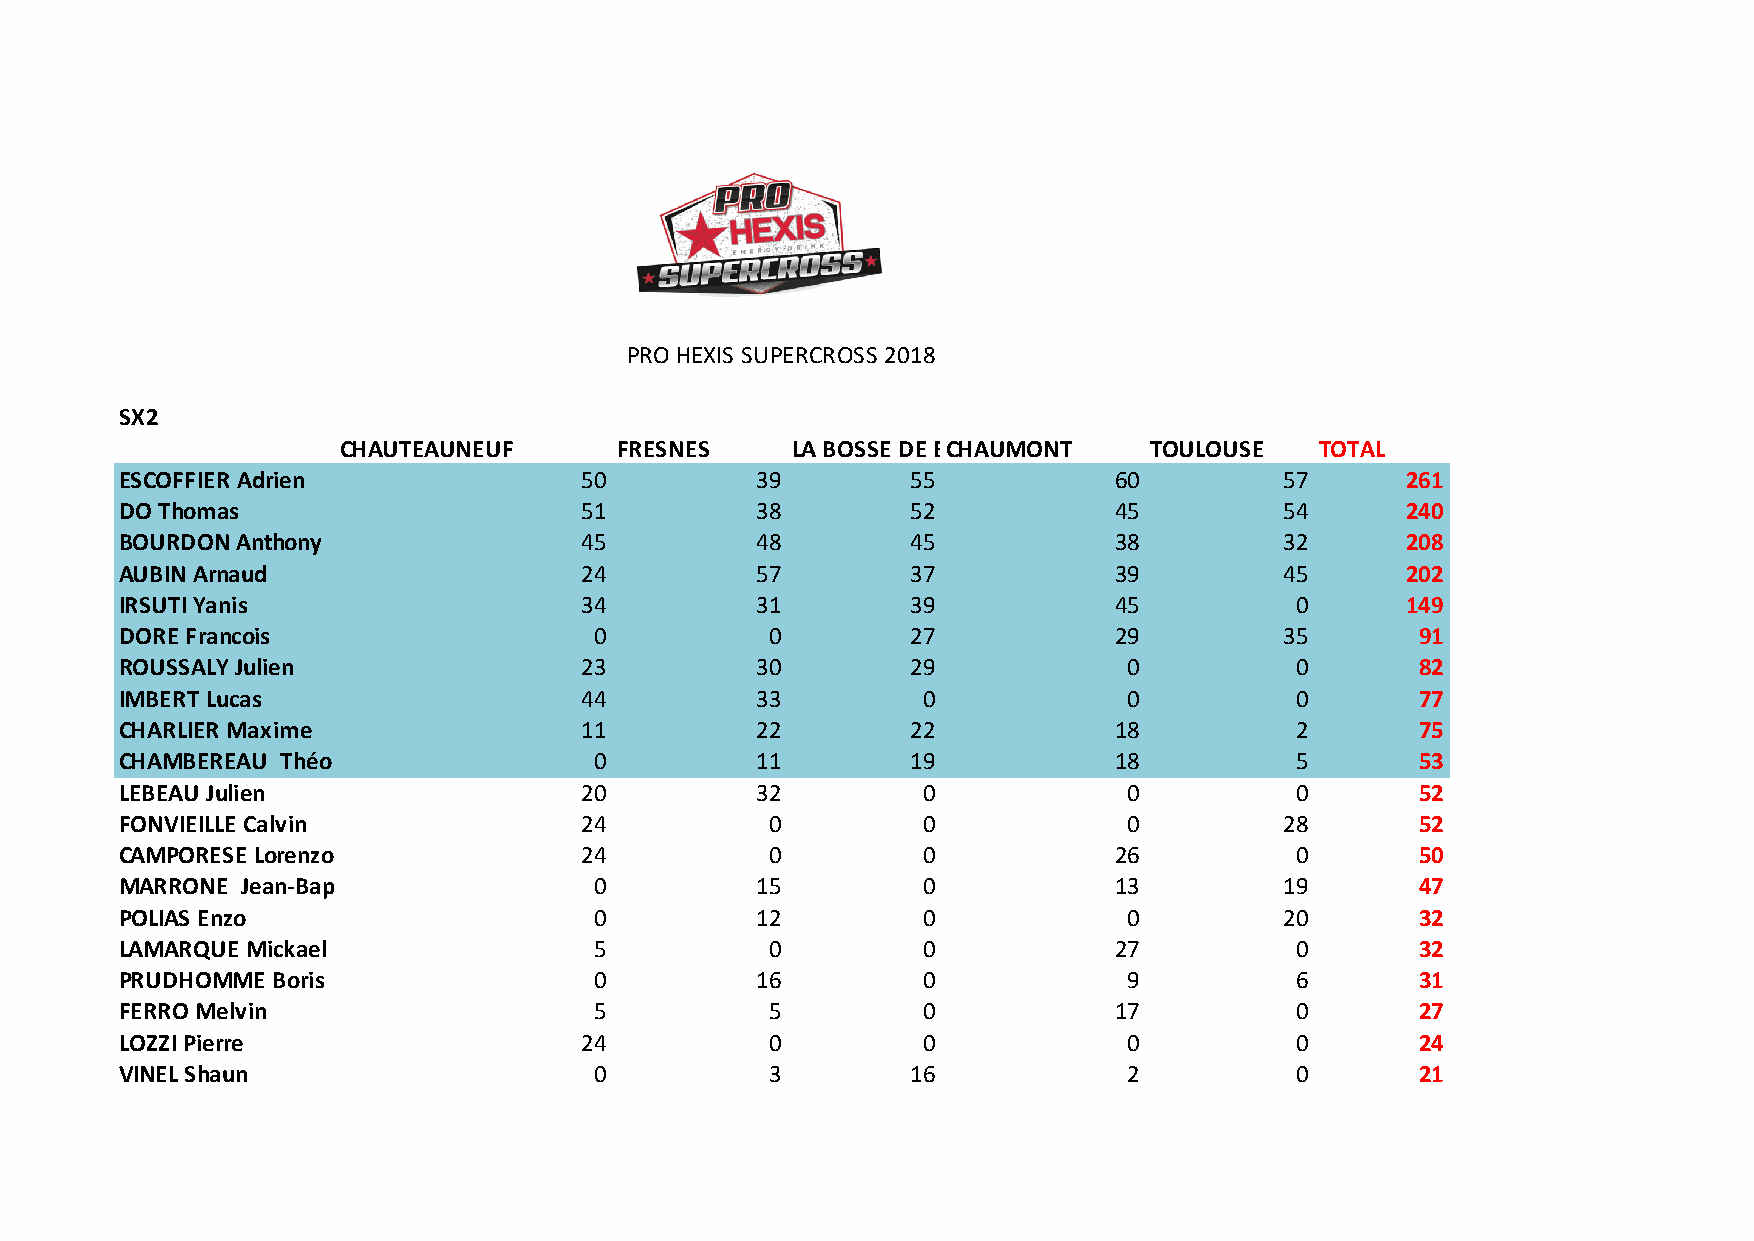
PRO HEXIS SUPERCROSS 2018
 SX2
 CHAUTEAUNEUF       FRESNES    LA BOSSE DE BCRHETAAUGMNOENT TOULOUSE TOTAL
 ESCOFFIER Adrien              50          39        55            60         57      261
 DO Thomas                     51          38        52            45         54      240
 BOURDON Anthony               45          48        45            38         32      208
 AUBIN Arnaud                  24          57        37            39         45      202
 IRSUTI Yanis                  34          31        39            45          0      149
 DORE Francois                  0           0        27            29         35       91
 ROUSSALY Julien               23          30        29             0          0       82
 IMBERT Lucas                  44          33         0             0          0       77
 CHARLIER Maxime               11          22        22            18          2       75
 CHAMBEREAU Théo                0          11        19            18          5       53
 LEBEAU Julien                 20          32         0             0          0       52
 FONVIEILLE Calvin             24           0         0             0         28       52
 CAMPORESE Lorenzo             24           0         0            26          0       50
 MARRONE Jean-Baptiste          0          15         0            13         19       47
 POLIAS Enzo                    0          12         0             0         20       32
 LAMARQUE Mickael               5           0         0            27          0       32
 PRUDHOMME Boris                0          16         0             9          6       31
 FERRO Melvin                   5           5         0            17          0       27
 LOZZI Pierre                  24           0         0             0          0       24
 VINEL Shaun                    0           3        16             2          0       21